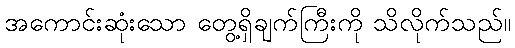
အကောင်းဆုံးသော တွေ့ရှိချက်ကြီးကို သိလိုက်သည်။